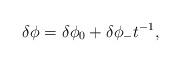
LaTeX: \begin{align*}\delta \phi = \delta \phi_0 + \delta \phi_{-} t^{-1},\end{align*}